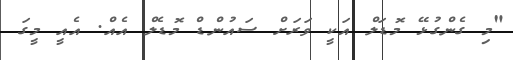
"މި ގެންގުޅޭ މޮޑަލް އަކީ ވަރަށް ސައުންޑް މޮޑެލް އެއް. އެއީ މީގަ